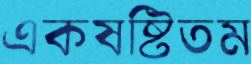
একষষ্টিতম